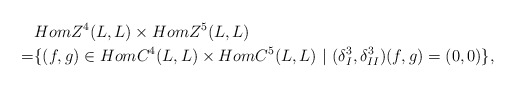
\begin{align*}&HomZ^4(L,L)\times HomZ^5(L,L)\\=&\{(f,g)\in HomC^4(L,L)\times HomC^5(L,L)~|~ (\delta_I^3, \delta_{II}^3)(f,g)=(0,0)\},\end{align*}